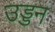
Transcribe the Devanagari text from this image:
उड्डन